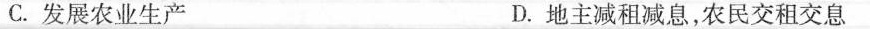
C.发展农业生产 D.地主减租减息，农民交租交息